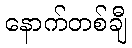
နောက်တစ်ချီ